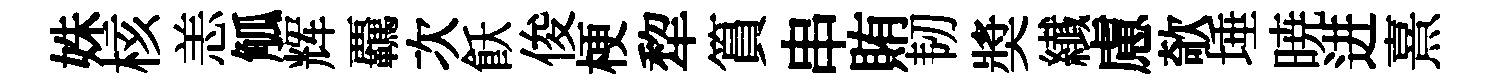
姝核恙觚辉覊次飫俊梗犂篔串賄韧奬纎慮欹埵暁进熹